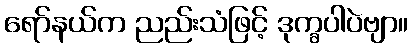
ရော်နယ်က ညည်းသံဖြင့် ဒုက္ခပါပဲဗျာ။